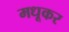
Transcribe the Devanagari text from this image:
मधूकर